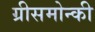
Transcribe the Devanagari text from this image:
ग्रीसमोन्की